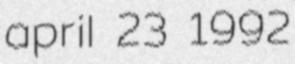
april 23 1992